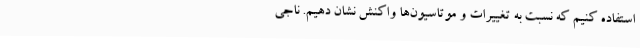
استفاده کنیم که نسبت به تغییرات و موتاسیون‌ها واکنش نشان دهیم. ناجی